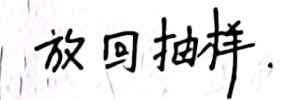
放回抽样.